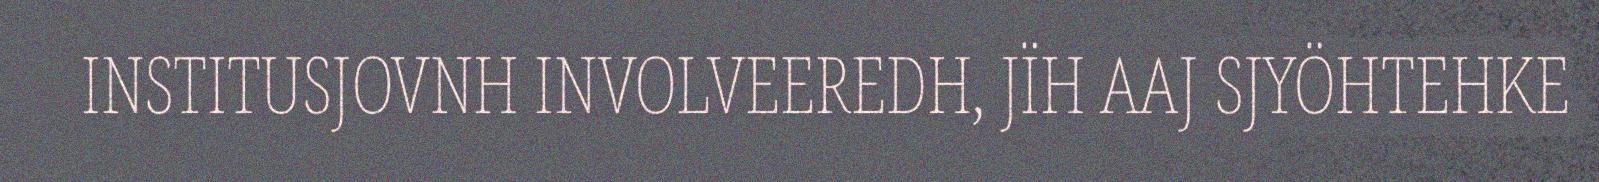
INSTITUSJOVNH INVOLVEEREDH, JÏH AAJ SJYÖHTEHKE